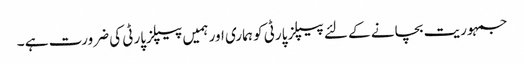
جمہوریت بچانے کے لئے پیپلزپارٹی کو ہماری اور ہمیں پیپلزپارٹی کی ضرورت ہے ۔